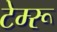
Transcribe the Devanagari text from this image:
टेम्‍रू